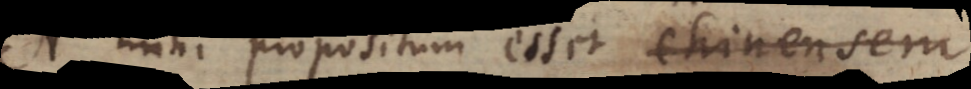
Si mihi propositum esset Chinensem